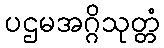
ပဌမအဂ္ဂိသုတ္တံ